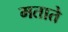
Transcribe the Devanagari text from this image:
मताते